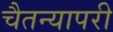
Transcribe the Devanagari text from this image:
चैतन्यापरी